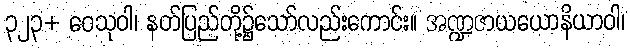
၃၂၃+ ဝေသုဝါ၊ နတ်ပြည်တို့၌သော်လည်းကောင်း။ အဏ္ဍဇာယယောနိယာဝါ၊